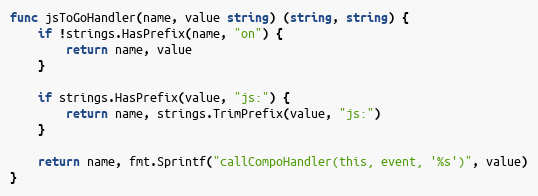
Language: Go
func jsToGoHandler(name, value string) (string, string) {
	if !strings.HasPrefix(name, "on") {
		return name, value
	}

	if strings.HasPrefix(value, "js:") {
		return name, strings.TrimPrefix(value, "js:")
	}

	return name, fmt.Sprintf("callCompoHandler(this, event, '%s')", value)
}